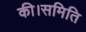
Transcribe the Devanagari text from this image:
की।समिति